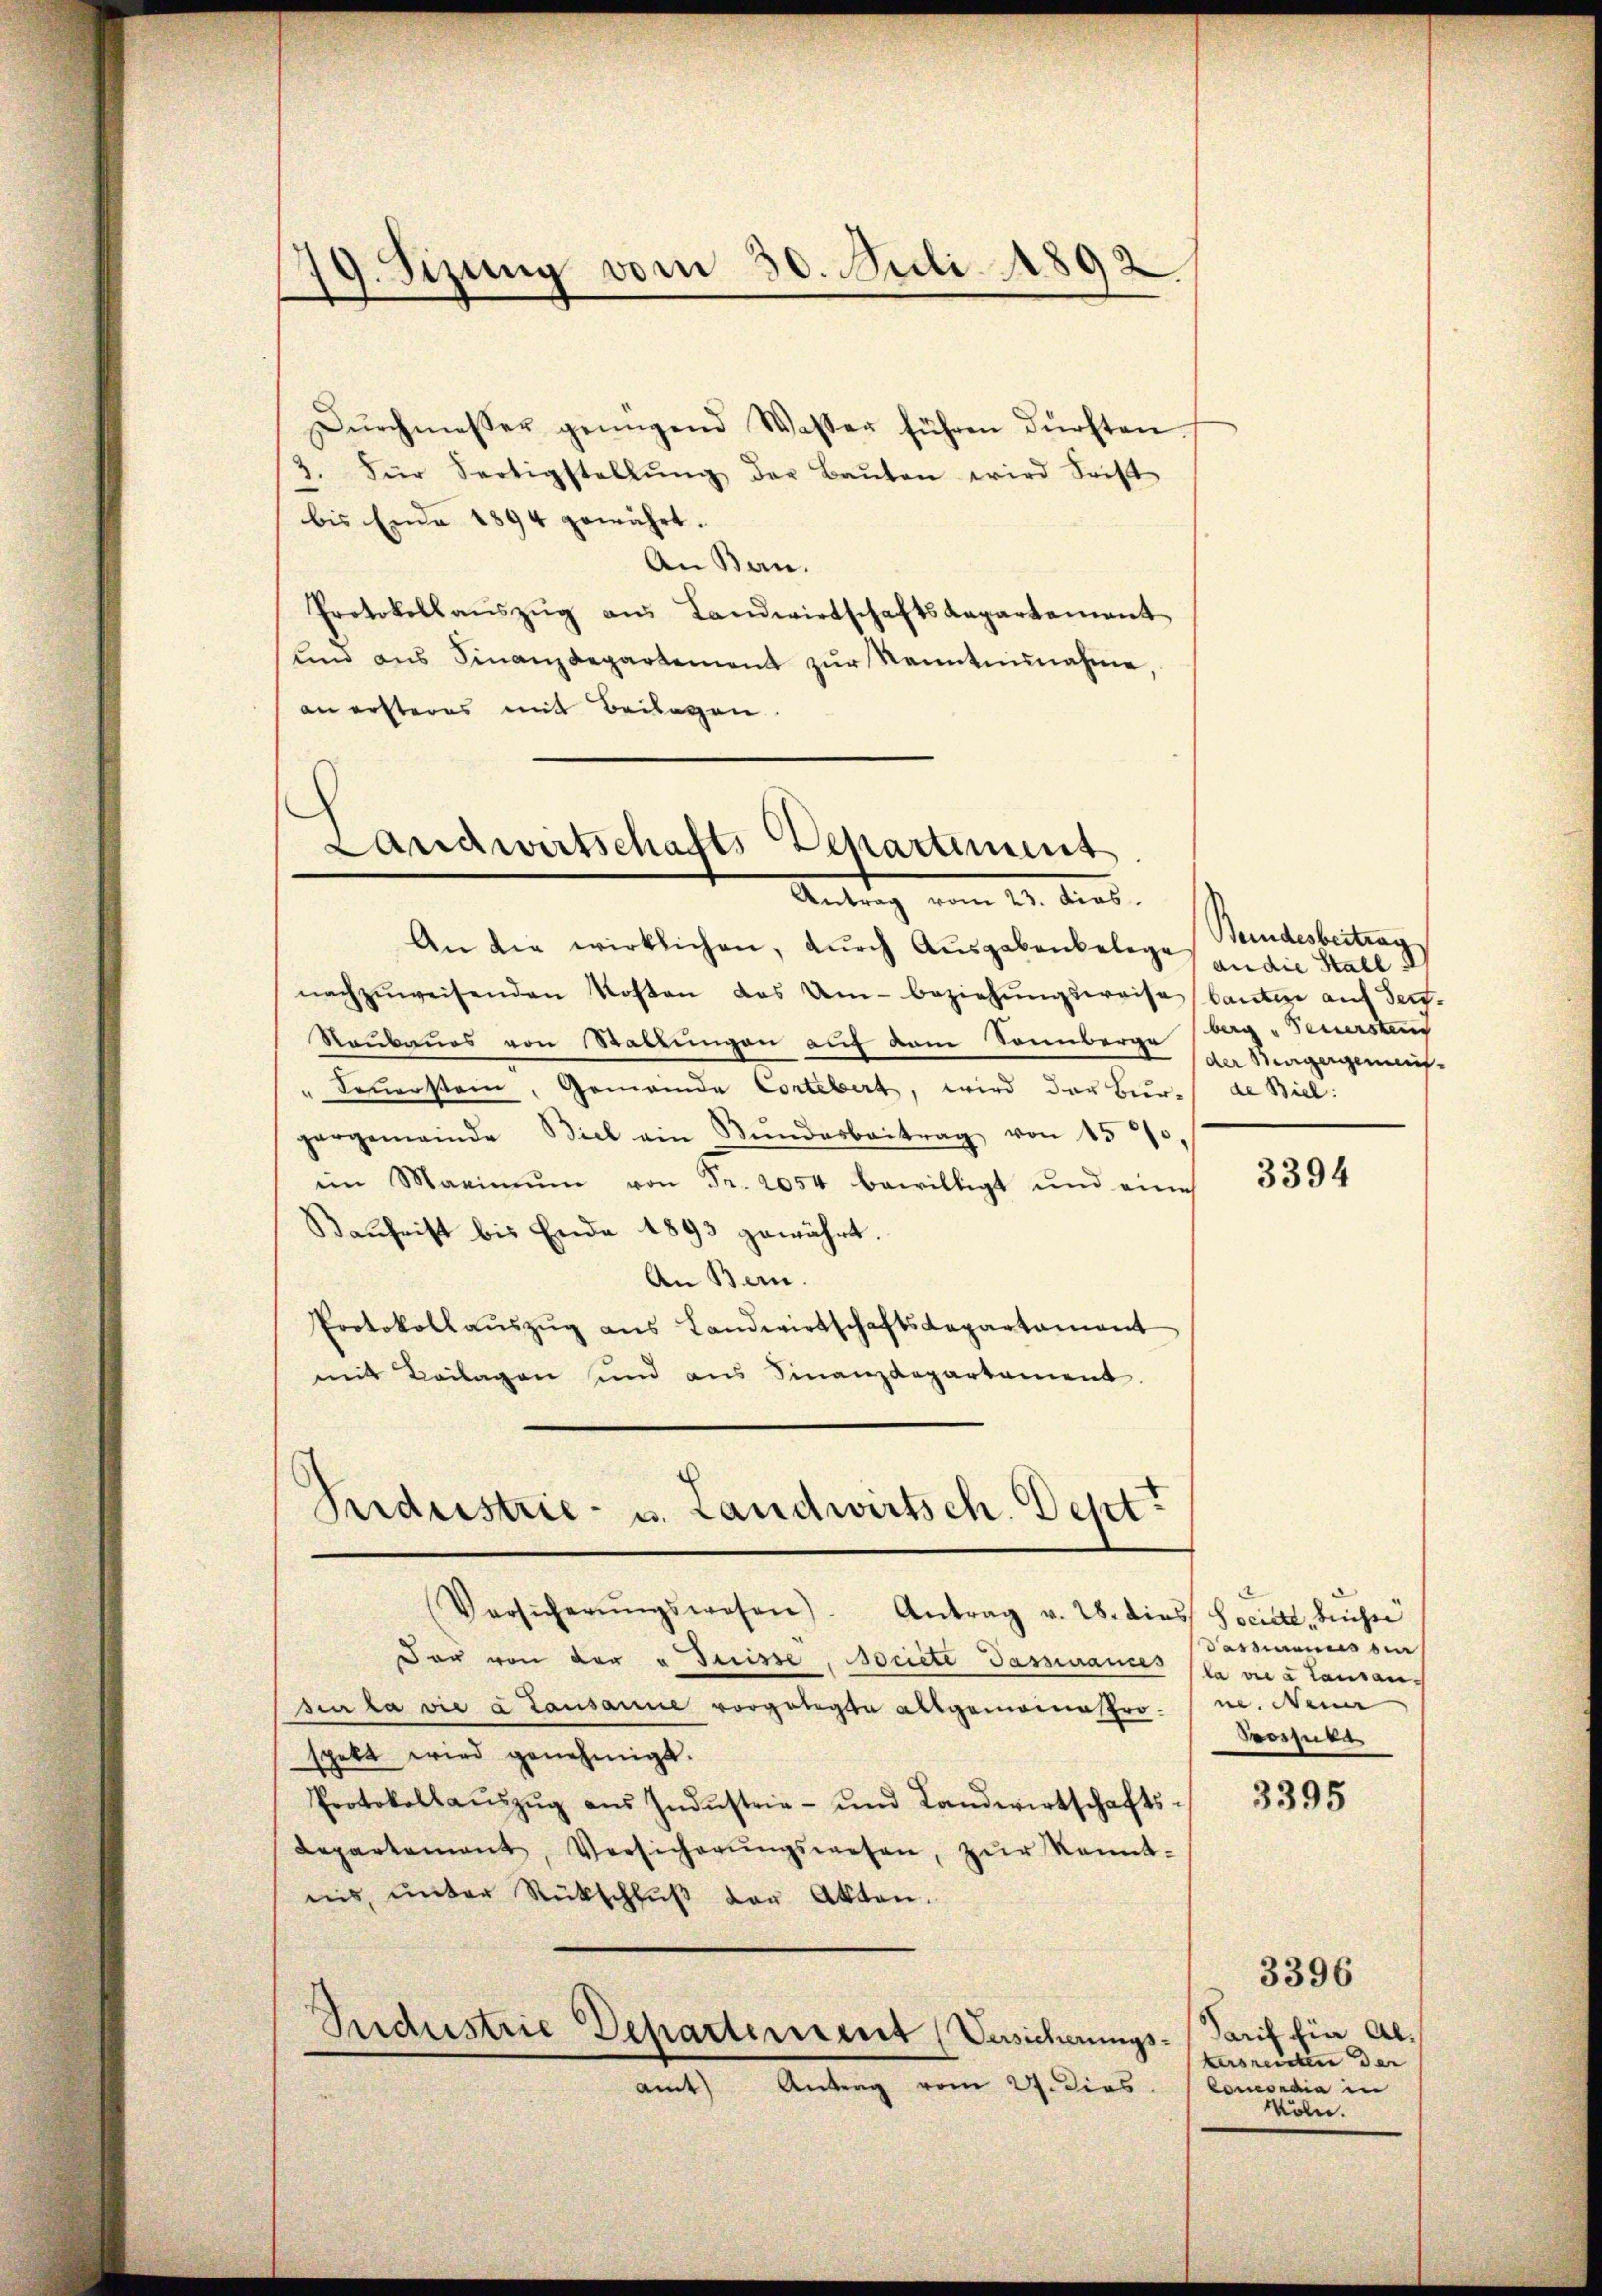
.
9. Sizung vom 30. Juli 1892.

Dŭrchmesser genügend Wasser führen dürften.
2. Für Fertigstellŭng der Baŭten wird Sist
bis Ende 1894 gewährt.
An Ban.
Protokollaŭszŭg aŭs Landwirtschaftskapartement
und ans Finanzdepartement zŭr Kenntnisnahme,
an ersteres mit Beilagen

Landwirtschafts-Departiment
Antrag vom 23. dies

An die wirklichen, durch Ausgabenbelege an die Stall
nachzŭweisenden Kosten das Am- beziehŭngsweise (lautere auf Serf.
Raubaues von Stattungen auf dem Sonnberge berg "Feuersten
" Feuerstein, Gemeinde Cortebert, wird der Bur-
gergemeinde Biel ein Bŭndarbeitrag von 1520,
im Maximŭm von Fr. 2054 bewilligt und eines
Bauheist bis Ende 1893 gewährt.
An Bern.
Protokollaŭszŭg ans Landwirtschaftsdepartament
mit Beilagen und aus Finanzdepartament.
Versicherŭngswesen). Antrag v. 28. dies Societe, beicher
dar von der " Preisse, Societe Passivames (la vie à Lausansin la vie à Lausanne vorgätigte Allgemonastro. 1 u. Meine
spekt wird genehmigt.
Protokollaŭszŭg aŭs Indŭstrie- und Landwirtschafts-
Repartement, Versicherŭngswesen, zŭr Kennt-
nis, unter Rückschlŭβ der Akten.
Industrie Departement (Versicherungs-
amt Antrag vom 27. Dies. Concordia in

Prdestrie- u. Landwirtsch. Dest?

Bundesbeitrag
der Weigergemeisde Biel:

3394

Passmanns bei
Vossula

3395

Sarif für Alkersreichen der
Wöln.

3396